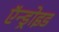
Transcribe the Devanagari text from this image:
ऍन्ड्रोइड